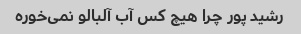
رشید پور چرا هیچ کس آب آلبالو نمی‌خوره